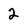
Character: 2